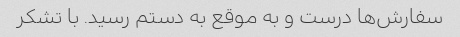
سفارش‌ها درست و به موقع به دستم رسید. با تشکر